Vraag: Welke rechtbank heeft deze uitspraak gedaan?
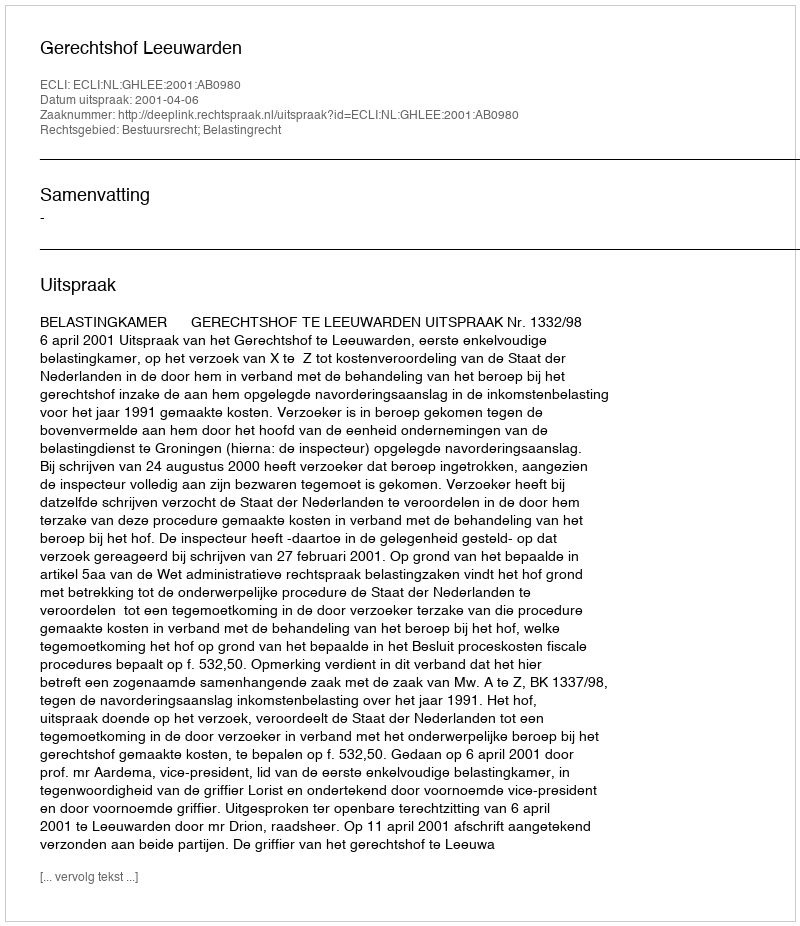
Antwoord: Gerechtshof Leeuwarden